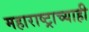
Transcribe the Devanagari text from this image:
महाराष्ट्राच्याही